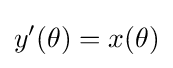
y'(\theta )=x(\theta )